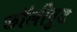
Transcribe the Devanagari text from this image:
छॉलीवुड